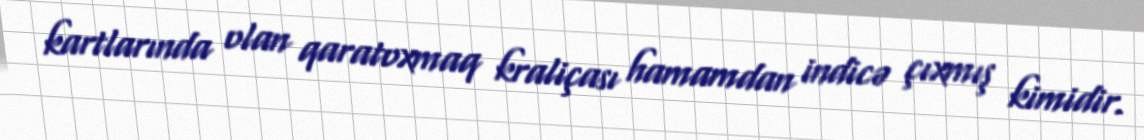
kartlarında olan qaratoxmaq kraliçası hamamdan indicə çıxmış kimidir.